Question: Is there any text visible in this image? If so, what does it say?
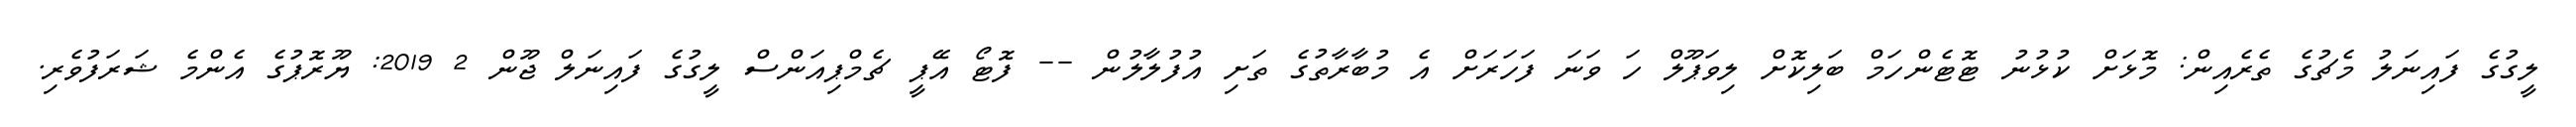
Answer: ލީގުގެ ފައިނަލު މެޗުގެ ތެރެއިން: މޮޅަށް ކުޅުނު ޓޮޓެންހަމް ބަލިކޮށް ލިވަޕޫލް ހަ ވަނަ ފަހަރަށް އެ މުބާރާތުގެ ތަށި އުފުލާލުން -- ފޮޓޯ އޭޕީ ޗެމްޕިއަންސް ލީގުގެ ފައިނަލް ޖޫން 2 2019: ޔޫރޮޕުގެ އެންމެ ޝަރަފުވެރި.